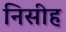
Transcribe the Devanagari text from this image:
निसीह